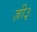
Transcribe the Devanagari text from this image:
ज़ी३